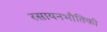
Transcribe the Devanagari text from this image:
रसायनभौतिकी